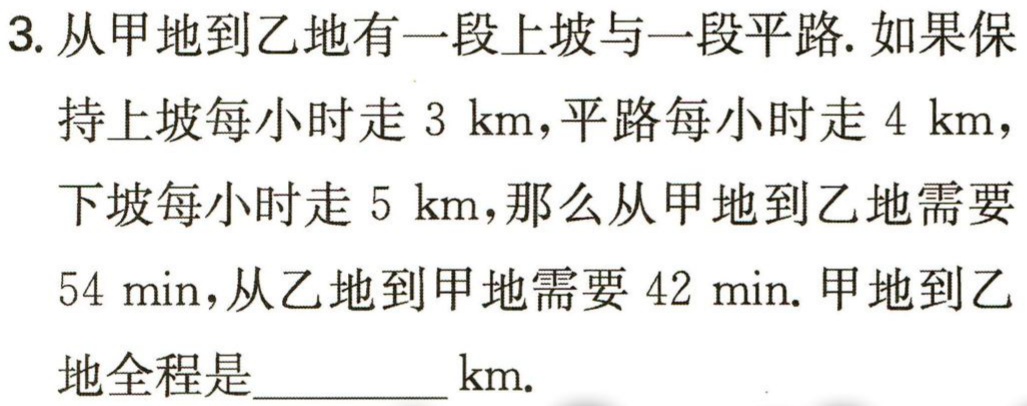
3. 从甲地到乙地有一段上坡与一段平路. 如果保持上坡每小时走 \(3\) km，平路每小时走 \(4\) km，下坡每小时走 \(5\) km，那么从甲地到乙地需要 \(54\) min，从乙地到甲地需要 \(42\) min. 甲地到乙地全程是__________ km.